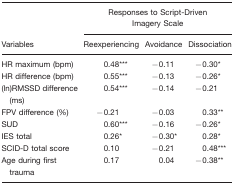
<table><thead><tr><td></td><td colspan="3"><b>Responses to Script-Driven Imagery Scale</b></td></tr><tr><td><b>Variables</b></td><td><b>Reexperiencing</b></td><td><b>Avoidance</b></td><td><b>Dissociation</b></td></tr></thead><tbody><tr><td>HR maximum (bpm)</td><td>0.48***</td><td>−0.11</td><td>−0.30*</td></tr><tr><td>HR difference (bpm)</td><td>0.55***</td><td>−0.13</td><td>−0.26*</td></tr><tr><td>(ln)RMSSD difference (ms)</td><td>0.54***</td><td>−0.14</td><td>−0.21</td></tr><tr><td>FPV difference (%)</td><td>−0.21</td><td>−0.03</td><td>0.33**</td></tr><tr><td>SUD</td><td>0.60***</td><td>−0.16</td><td>−0.26*</td></tr><tr><td>IES total</td><td>0.26*</td><td>−0.30*</td><td>0.28*</td></tr><tr><td>SCID-D total score</td><td>0.10</td><td>−0.21</td><td>0.48***</td></tr><tr><td>Age during first trauma</td><td>0.17</td><td>0.04</td><td>−0.38**</td></tr></tbody></table>